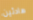
هادئين